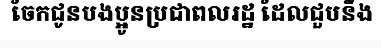
ចែកជូនបងប្អូនប្រជាពលរដ្ឋ ដែលជួបនឹង